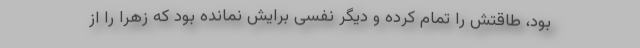
بود، طاقتش را تمام کرده و دیگر نفسی برایش نمانده بود که زهرا را از